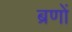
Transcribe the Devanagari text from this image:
ब्रणों